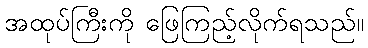
အထုပ်ကြီးကို ဖြေကြည့်လိုက်ရသည်။